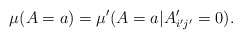
\begin{align*}\mu(A=a)=\mu'(A=a|A_{i'j'}'=0).\end{align*}